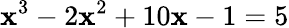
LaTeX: \mathbf{x}^{3}-2\mathbf{x}^{2}+10\mathbf{x}-1=5